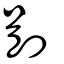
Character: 剈